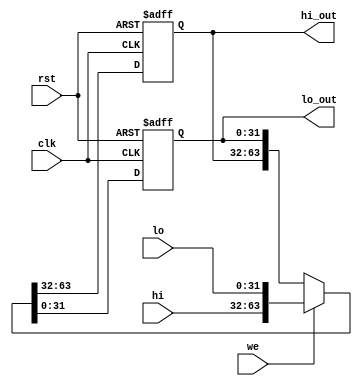
`timescale 1ns / 1ps
//////////////////////////////////////////////////////////////////////////////////
// Company: 
// Engineer: 
// 
// Design Name: 
// Module Name: HiLo_reg
// Project Name: 
// Target Devices: 
// Tool Versions: 
// Description: 
// 
// Dependencies: 
// 
// Revision:
// Revision 0.01 - File Created
// Additional Comments:
// 
//////////////////////////////////////////////////////////////////////////////////


module HiLo_reg #(parameter WIDTH = 32) (
    input wire clk, rst, we,
    input wire [WIDTH - 1:0] hi, lo,
    output reg [WIDTH - 1:0] hi_out, lo_out
    );
    
    always @ (posedge clk, posedge rst)
    begin
        if (rst) {hi_out, lo_out} <= 0;
        else if (we) {hi_out, lo_out} <= {hi,lo};
        else {hi_out, lo_out} <= {hi_out, lo_out};
    end 
endmodule